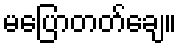
မပြောတတ်ချေ။